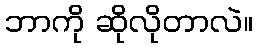
ဘာကို ဆိုလိုတာလဲ။